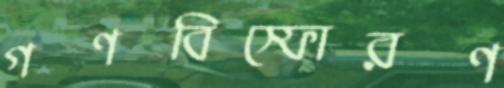
গণবিস্ফোরণ